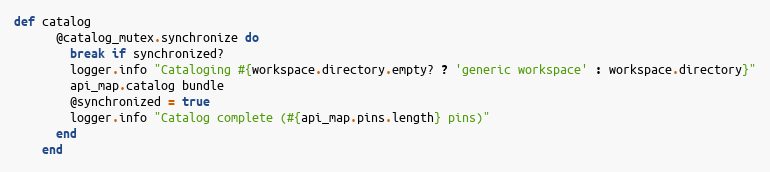
Language: Ruby
def catalog
      @catalog_mutex.synchronize do
        break if synchronized?
        logger.info "Cataloging #{workspace.directory.empty? ? 'generic workspace' : workspace.directory}"
        api_map.catalog bundle
        @synchronized = true
        logger.info "Catalog complete (#{api_map.pins.length} pins)"
      end
    end